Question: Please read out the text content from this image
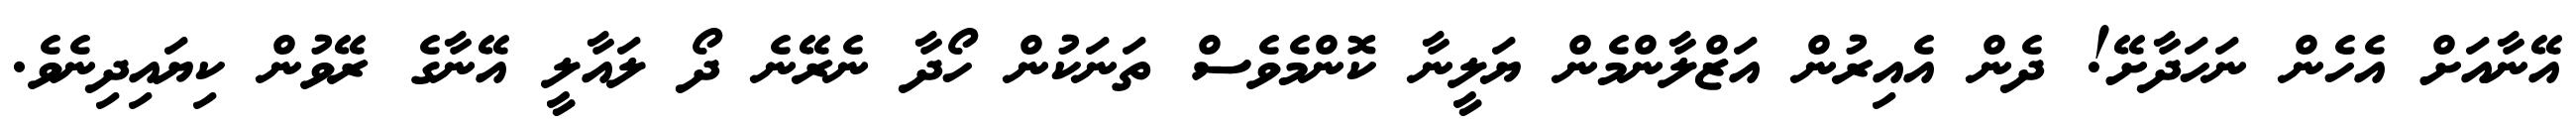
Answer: އޭނާއަށް އެހެން ނަހަދާށޭ! ދެން އެއިރުން އަޒްލާންމެން ޔަލީނާ ކޮންމެވެސް ތަނަކުން ހޯދާ ނެރޭނެ ދޯ ލައާލީ އޭނާގެ ރޭވުން ކިޔައިދިނެވެ.